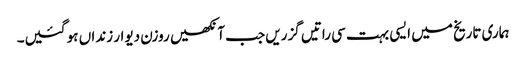
ہماری تاریخ میں ایسی بہت سی راتیں گزریں جب آنکھیں روزن دیوار زنداں ہو گئیں۔